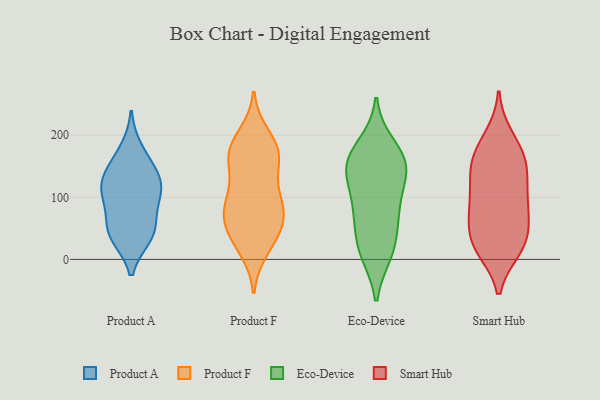
{"axis": {"x": "Customer Acquisition Cost (USD)", "y": "Value"}, "legend": ["Eco-Device", "Product A", "Product F", "Smart Hub"], "data": [{"x": "", "y": 107, "type": "Product A"}, {"x": "", "y": 82, "type": "Product A"}, {"x": "", "y": 108, "type": "Product A"}, {"x": "", "y": 119, "type": "Product A"}, {"x": "", "y": 41, "type": "Product A"}, {"x": "", "y": 178, "type": "Product A"}, {"x": "", "y": 145, "type": "Product A"}, {"x": "", "y": 38, "type": "Product A"}, {"x": "", "y": 120, "type": "Product A"}, {"x": "", "y": 56, "type": "Product A"}, {"x": "", "y": 36, "type": "Product A"}, {"x": "", "y": 147, "type": "Product A"}, {"x": "", "y": 91, "type": "Product F"}, {"x": "", "y": 187, "type": "Product F"}, {"x": "", "y": 16, "type": "Product F"}, {"x": "", "y": 34, "type": "Product F"}, {"x": "", "y": 200, "type": "Product F"}, {"x": "", "y": 152, "type": "Product F"}, {"x": "", "y": 28, "type": "Product F"}, {"x": "", "y": 73, "type": "Product F"}, {"x": "", "y": 65, "type": "Product F"}, {"x": "", "y": 92, "type": "Product F"}, {"x": "", "y": 46, "type": "Product F"}, {"x": "", "y": 65, "type": "Product F"}, {"x": "", "y": 132, "type": "Product F"}, {"x": "", "y": 174, "type": "Product F"}, {"x": "", "y": 163, "type": "Product F"}, {"x": "", "y": 172, "type": "Product F"}, {"x": "", "y": 172, "type": "Product F"}, {"x": "", "y": 81, "type": "Product F"}, {"x": "", "y": 99, "type": "Product F"}, {"x": "", "y": 10, "type": "Eco-Device"}, {"x": "", "y": 16, "type": "Eco-Device"}, {"x": "", "y": 141, "type": "Eco-Device"}, {"x": "", "y": 146, "type": "Eco-Device"}, {"x": "", "y": 58, "type": "Eco-Device"}, {"x": "", "y": 70, "type": "Eco-Device"}, {"x": "", "y": 184, "type": "Eco-Device"}, {"x": "", "y": 142, "type": "Eco-Device"}, {"x": "", "y": 16, "type": "Eco-Device"}, {"x": "", "y": 142, "type": "Eco-Device"}, {"x": "", "y": 165, "type": "Eco-Device"}, {"x": "", "y": 86, "type": "Eco-Device"}, {"x": "", "y": 167, "type": "Eco-Device"}, {"x": "", "y": 94, "type": "Eco-Device"}, {"x": "", "y": 158, "type": "Smart Hub"}, {"x": "", "y": 134, "type": "Smart Hub"}, {"x": "", "y": 78, "type": "Smart Hub"}, {"x": "", "y": 25, "type": "Smart Hub"}, {"x": "", "y": 160, "type": "Smart Hub"}, {"x": "", "y": 30, "type": "Smart Hub"}, {"x": "", "y": 23, "type": "Smart Hub"}, {"x": "", "y": 63, "type": "Smart Hub"}, {"x": "", "y": 198, "type": "Smart Hub"}, {"x": "", "y": 186, "type": "Smart Hub"}, {"x": "", "y": 71, "type": "Smart Hub"}, {"x": "", "y": 98, "type": "Smart Hub"}, {"x": "", "y": 160, "type": "Smart Hub"}, {"x": "", "y": 21, "type": "Smart Hub"}, {"x": "", "y": 83, "type": "Smart Hub"}, {"x": "", "y": 140, "type": "Smart Hub"}, {"x": "", "y": 17, "type": "Smart Hub"}, {"x": "", "y": 114, "type": "Smart Hub"}]}